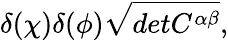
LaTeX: \delta(\chi)\delta(\phi)\sqrt{detC^{\alpha\beta}},